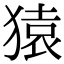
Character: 猿